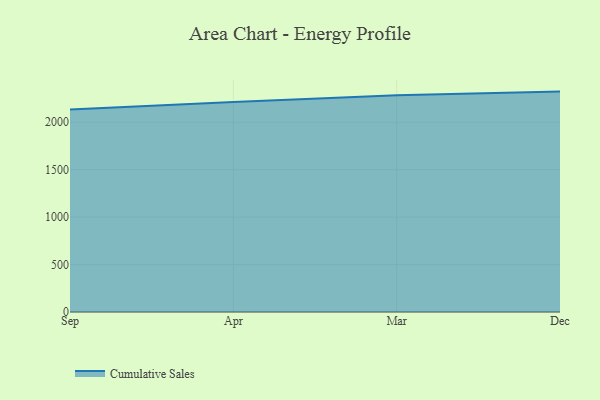
{"axis": {"x": "Month", "y": "Headcount"}, "legend": ["Cumulative Sales"], "data": [{"x": "Sep", "y": 2133.8, "type": "Cumulative Sales"}, {"x": "Apr", "y": 2214.3, "type": "Cumulative Sales"}, {"x": "Mar", "y": 2285.3, "type": "Cumulative Sales"}, {"x": "Dec", "y": 2322.9, "type": "Cumulative Sales"}]}